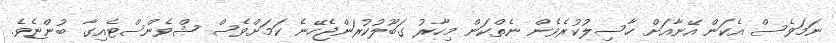
ނަމަވެސް އެކަން އޭނާއަށް ހާސިލުކުރެވެން ނެތްކަން މިހާރު ގަބޫލުކުރަންޖެހޭނެ ކަމަށްވެސް ޝްވެންސްޓެއިގާ ބުންޏެވެ.